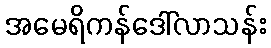
အမေရိကန်ဒေါ်လာသန်း